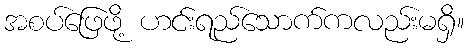
အစပ်ဖြေဖို့ ဟင်းရည်သောက်ကလည်းမရှိ။